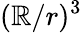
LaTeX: (\mathbb{R}/r)^{3}